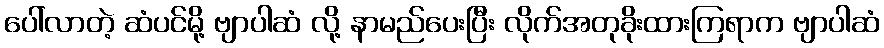
ပေါ်လာတဲ့ ဆံပင်မို့ ဗျာပါဆံ လို့ နာမည်ပေးပြီး လိုက်အတုခိုးထားကြရာက ဗျာပါဆံ